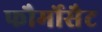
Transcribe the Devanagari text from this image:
फौर्मोसैट